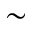
\sim